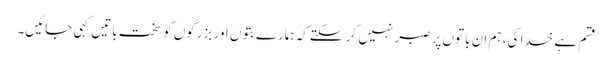
قسم ہے خدا کی، ہم ان باتوں پر صبر نہیں کر سکتے کہ ہمارے بتوں اور بزرگوں کو سخت باتیں کہی جائیں۔